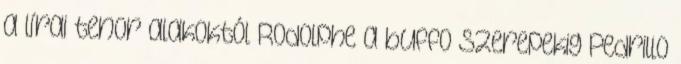
a lírai tenor alakoktól Rodolphe a buffo szerepekig Pedrillo